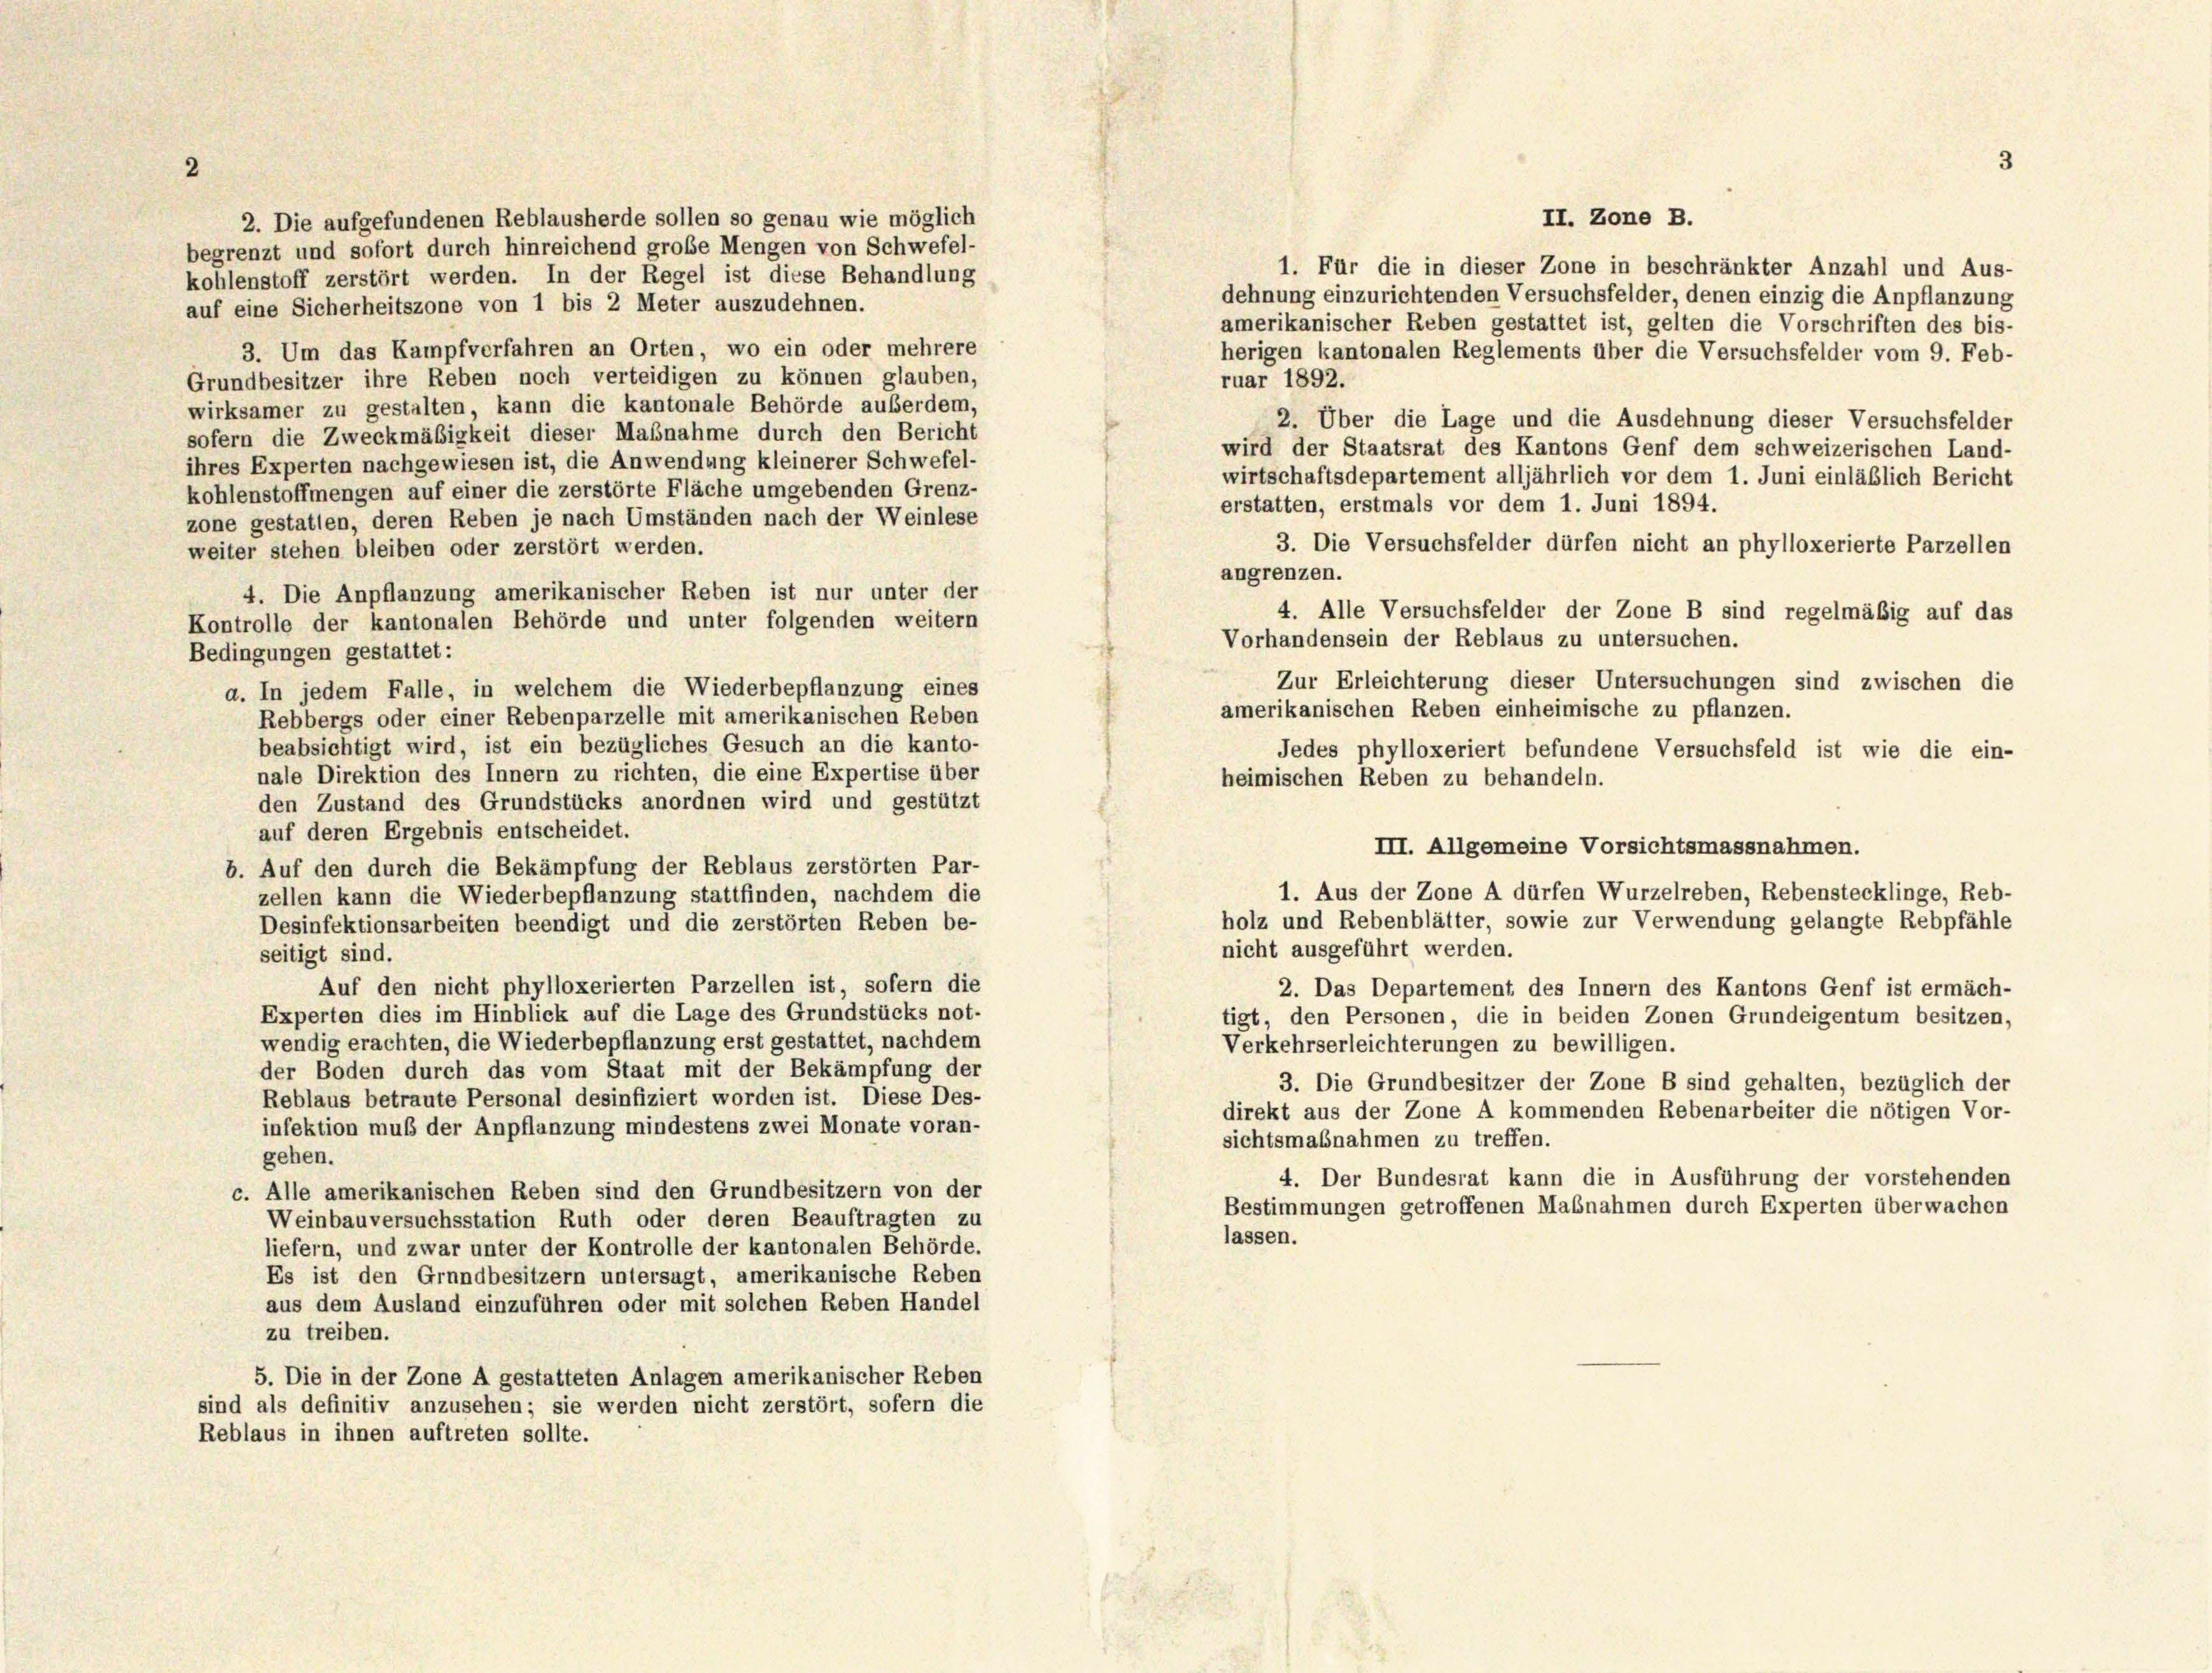
2

II. Zone B.
2. Die aufgefundenen Reblausherde sollen so genau wie möglich
begrenzt und sofort durch hinreichend große Mengen von Schwefel-
1. Für die in dieser Zone in beschränkter Anzahl und Aus-
kohlenstoff zerstört werden. In der Regel ist diese Behandlung
dehnung einzurichtenden Versuchsfelder, denen einzig die Anpflanzung
auf eine Sicherheitszone von 1 bis 2 Meter auszudehnen.
amerikanischer Reben gestattet ist, gelten die Vorschriften des bis-
3. Um das Kampfverfahren an Orten, wo ein oder mehrere
herigen kantonalen Reglements über die Versuchsfelder vom 9. Feb-
Grundbesitzer ihre Reben noch verteidigen zu können glauben,
ruar 1892.
wirksamer zu gestalten, kann die kantonale Behörde außerdem,
2. Über die Lage und die Ausdehnung dieser Versuchsfelder
sofern die Zweckmäßigkeit dieser Maßnahme durch den Bericht
wird der Staatsrat des Kantons Genf dem schweizerischen Land-
ihres Experten nachgewiesen ist, die Anwendung kleinerer Schwefel-
wirtschaftsdepartement alljährlich vor dem 1. Juni einläßlich Bericht
kohlenstoffmengen auf einer die zerstörte Fläche umgebenden Grenz-
erstatten, erstmals vor dem 1. Juni 1894.
zone gestatten, deren Reben je nach Umständen nach der Weinlese
3. Die Versuchsfelder dürfen nicht an phylloxerierte Parzellen
weiter stehen bleiben oder zerstört werden.
angrenzen.
4. Die Anpflanzung amerikanischer Reben ist nur unter der
4. Alle Versuchsfelder der Zone B sind regelmäßig auf das
Kontrolle der kantonalen Behörde und unter folgenden weitern
Vorhandensein der Reblaus zu untersuchen.
Bedingungen gestattet:
Zur Erleichterung dieser Untersuchungen sind zwischen die
a. In jedem Falle, in welchem die Wiederbepflanzung eines
amerikanischen Reben einheimische zu pflanzen.
Rebbergs oder einer Rebenparzelle mit amerikanischen Reben
beabsichtigt wird, ist ein bezügliches Gesuch an die kanto-
Jedes phylloxeriert befundene Versuchsfeld ist wie die ein-
nale Direktion des Innern zu richten, die eine Expertise über
heimischen Reben zu behandeln.
den Zustand des Grundstücks anordnen wird und gestützt
auf deren Ergebnis entscheidet.
III. Allgemeine Vorsichtsmassnahmen.
b. Auf den durch die Bekämpfung der Reblaus zerstörten Par-
1. Aus der Zone A dürfen Wurzelreben, Rebenstecklinge, Reb-
zellen kann die Wiederbepflanzung stattfinden, nachdem die
holz und Rebenblätter, sowie zur Verwendung gelangte Rebpfähle
Desinfektionsarbeiten beendigt und die zerstörten Reben be-
nicht ausgeführt werden.
seitigt sind.
Auf den nicht phylloxerierten Parzellen ist, sofern die
2. Das Departement des Innern des Kantons Genf ist ermäch-
Experten dies im Hinblick auf die Lage des Grundstücks not-
tigt, den Personen, die in beiden Zonen Grundeigentum besitzen,
wendig erachten, die Wiederbepflanzung erst gestattet, nachdem
Verkehrserleichterungen zu bewilligen.
der Boden durch das vom Staat mit der Bekämpfung der
3. Die Grundbesitzer der Zone B sind gehalten, bezüglich der
Reblaus betraute Personal desinfiziert worden ist. Diese Des-
direkt aus der Zone A kommenden Rebenarbeiter die nötigen Vor-
infektion muß der Anpflanzung mindestens zwei Monate voran-
sichtsmaßnahmen zu treffen.
gehen.
4. Der Bundesrat kann die in Ausführung der vorstehenden
c. Alle amerikanischen Reben sind den Grundbesitzern von der
Bestimmungen getroffenen Maßnahmen durch Experten überwachen
Weinbauversuchsstation Ruth oder deren Beauftragten zu
lassen.
liefern, und zwar unter der Kontrolle der kantonalen Behörde.
Es ist den Grundbesitzern untersagt, amerikanische Reben
aus dem Ausland einzuführen oder mit solchen Reben Handel
zu treiben.
5. Die in der Zone A gestatteten Anlagen amerikanischer Reben
sind als definitiv anzusehen; sie werden nicht zerstört, sofern die
Reblaus in ihnen auftreten sollte.

3